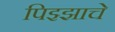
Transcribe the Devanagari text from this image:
पिझ्झाचे